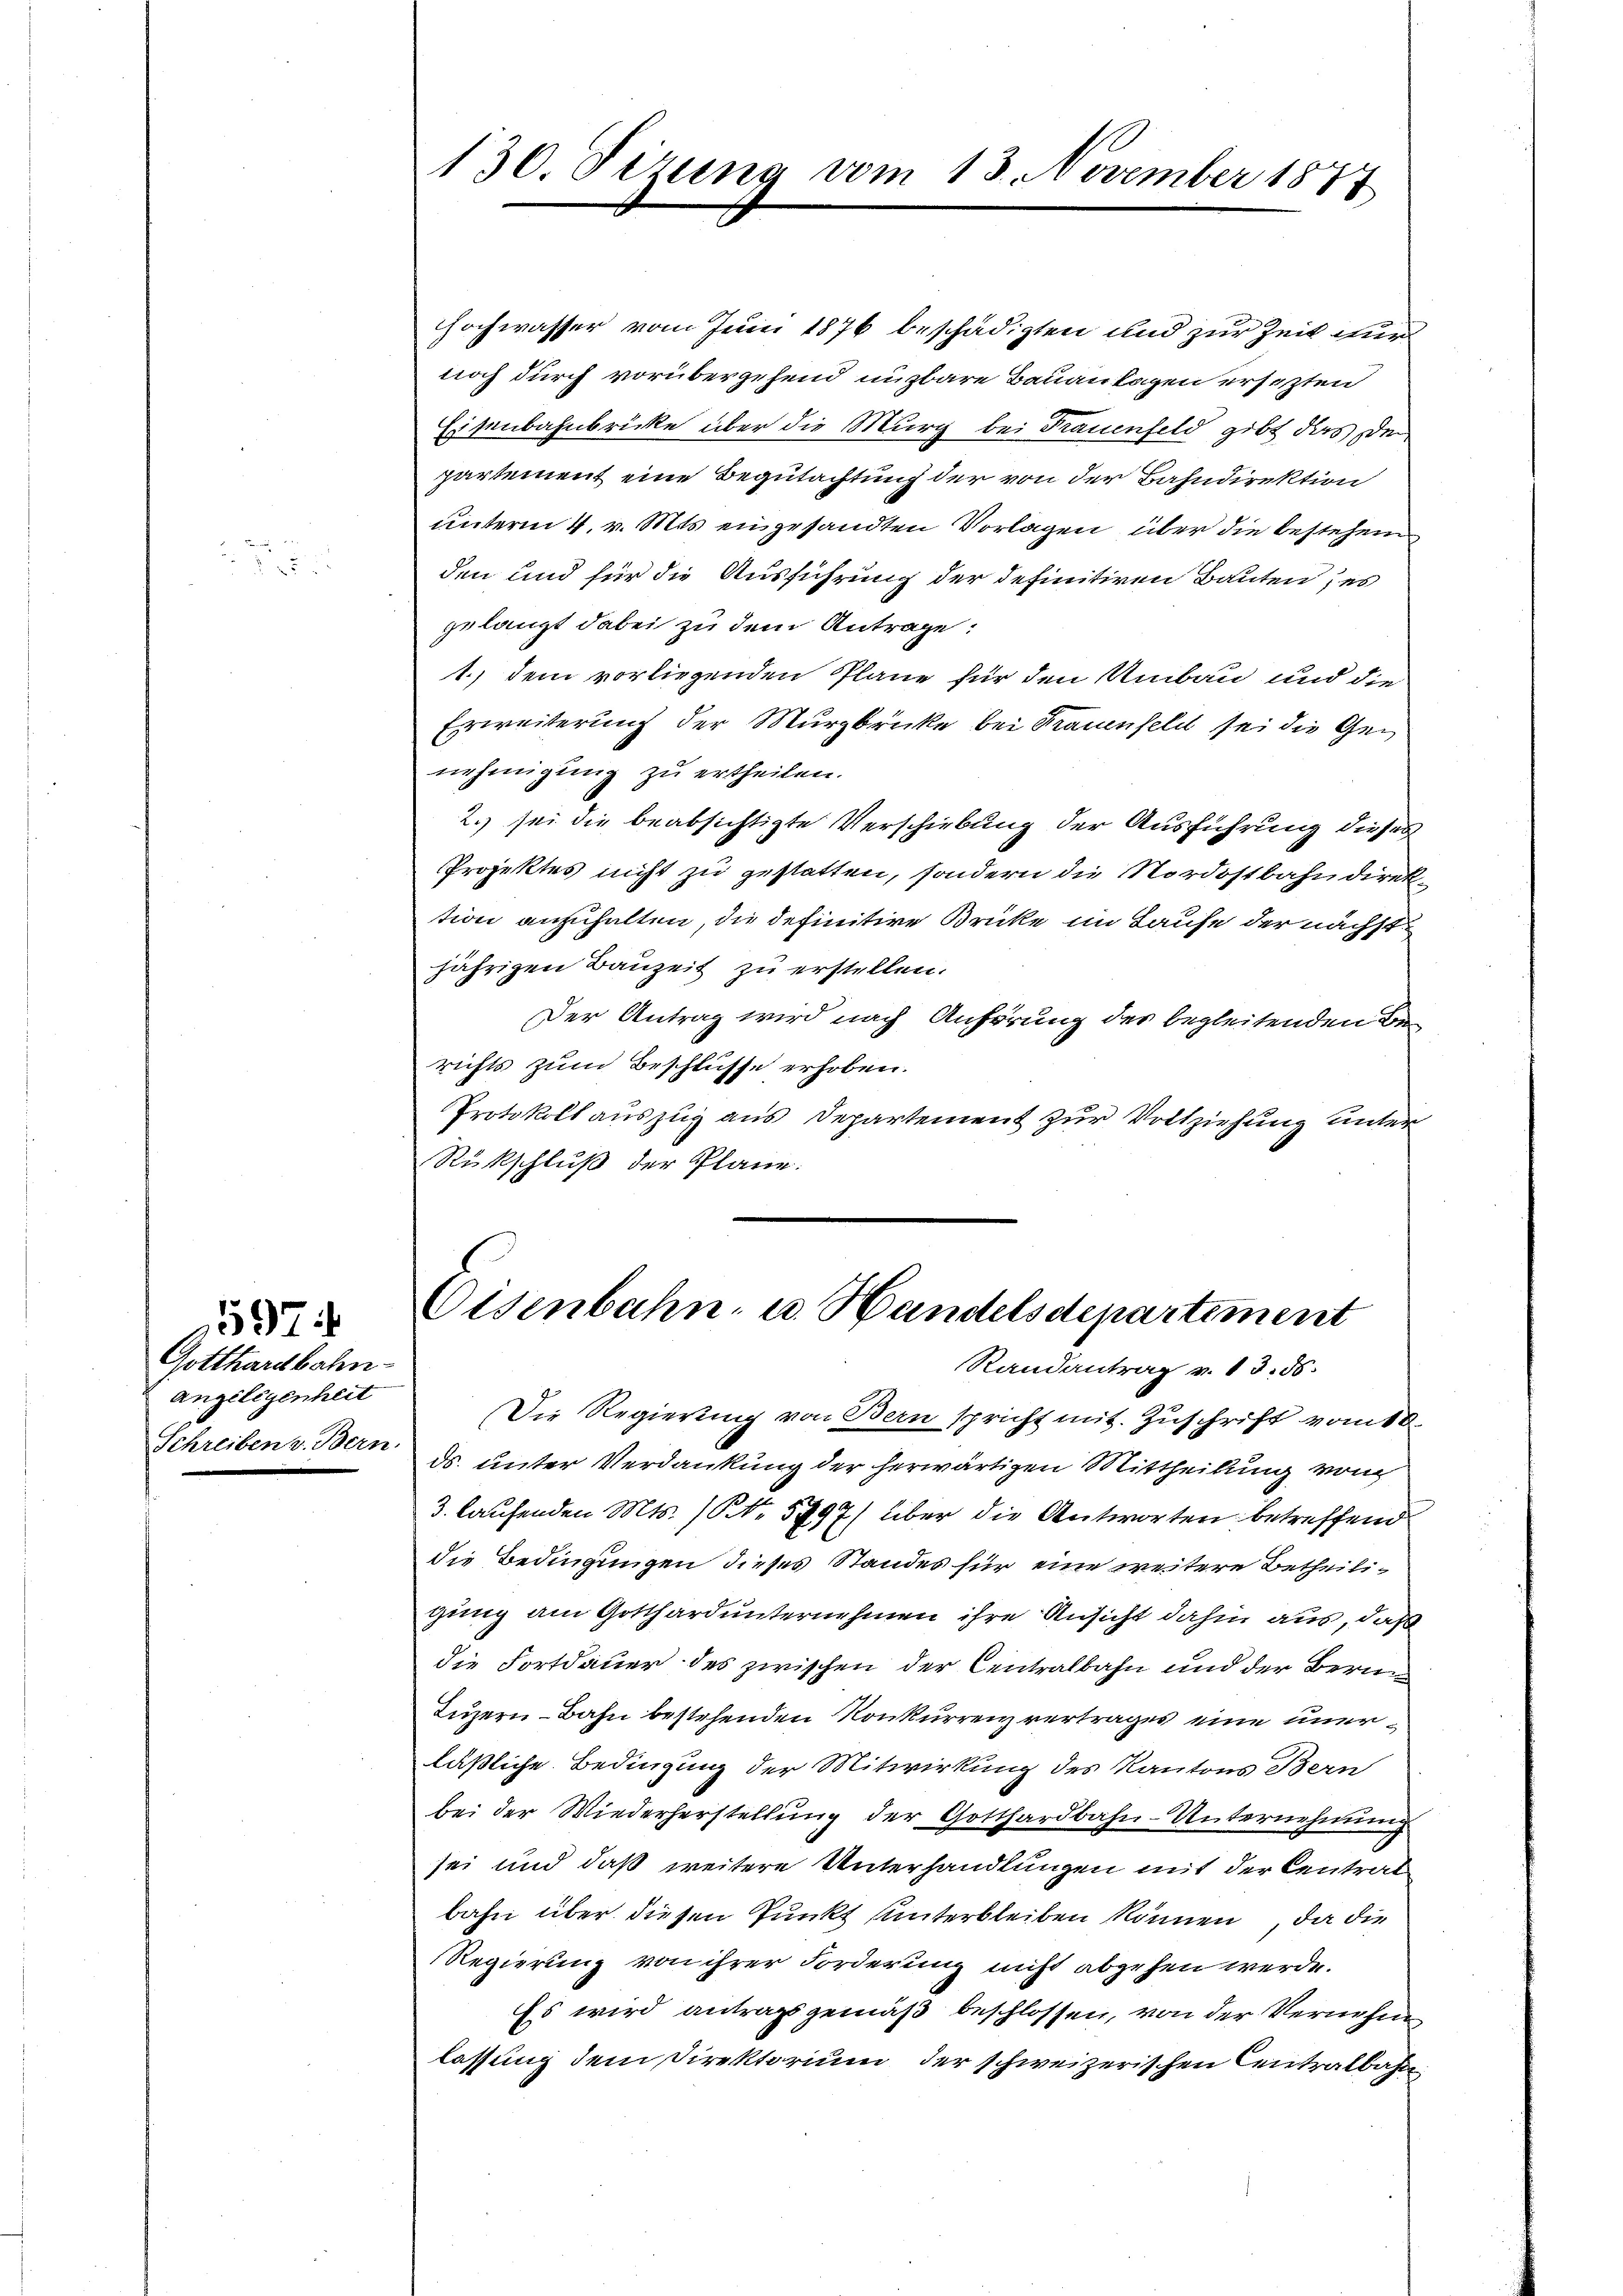
5974

Gotthardbahn
Angelegenheit
Schreiben v. Bern

hochwasser vom Juni 1876 beschädigten und zur Zeit der
noch durch vorübergehend insbare Bauanlagen ersezten
Eisenbahnbrücke über die Murg bei Frauenfeld gibt das der
partement eine Begutachtung der von der Bahndirektion
unterm 4. v. Mts. eingesandten Vorlagen über die bestehen
den und für die Ausführung der definitiven Bauten; es
gelangt dabei zu dem Antrage:
1.) dem vorliegenden Pläne für den Umbau und die
Erweiterung der Murgbrücke bei Trauenfeld sei die Genehmigung zu ertheilen.
2.) sei die beabsichtigte Verschiebung der Ausführung dieses
PProjektes nicht zu gestatten, sondern die Nordostbahndirektion anzuhalten, die definitive Brücke im Laufe der nächst
jährigen Bauzeit zu erstellen.
Der Antrag wird nach Anhörung der begleitenden Berichts zum Beschlusse erhoben.
Protokoll auszug aus Departement zur Vollziehung unter
Rückschluß der Pläne.

130. Sizung vom 13. November 1877

Eisenbahn- u. Handelsdepartement
Randantrag v. 13. ds.

Die Regierung von Bern spricht mit Zuschrift vom 10.
ds. unter Verdankung der herwärtigen Mittheilung von
3. laufenden Mts. (NNo. 5797) über die Antworten betreffend
die Bedingungen dieses Standes für eine weitere Betheiligung am Gotthard unternehmen ihre Ansicht dahin aus, daß
die Fortdauer des zwischen der Centralbahn und der Bern
Luzern - Bahn bestehenden Konkurrenz vertrages eine unerläßliche Bedingung der Mitwirkung des Kantons Bern
bei der Wiederherstellung der Gotthardbahn-Unternehmung
sei und daß weitere Unterhandlungen mit der Centrat
bahn über diesen Punkt unterbleiben können, da die
Regierung von ihrer Forderung nicht abgehen werde.
Es wird antragsgemäß beschlossen, von der Vernehm
lassung dem Direktorium der schweizerischen Centralbahn